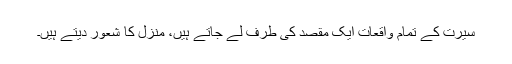
سیرت کے تمام واقعات ایک مقصد کی طرف لے جاتے ہیں، منزل کا شعور دیتے ہیں۔